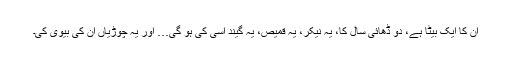
ان کا ایک بیٹا ہے، دو ڈھائی سال کا، یہ نیکر، یہ قمیص، یہ گیند اسی کی ہو گی… اور یہ چوڑیاں ان کی بیوی کی۔